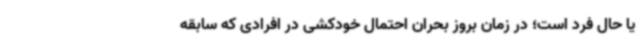
یا حال فرد است؛ در زمان بروز بحران احتمال خودکشی در افرادی که سابقه